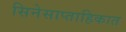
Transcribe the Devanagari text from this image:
सिनेसाप्ताहिकात